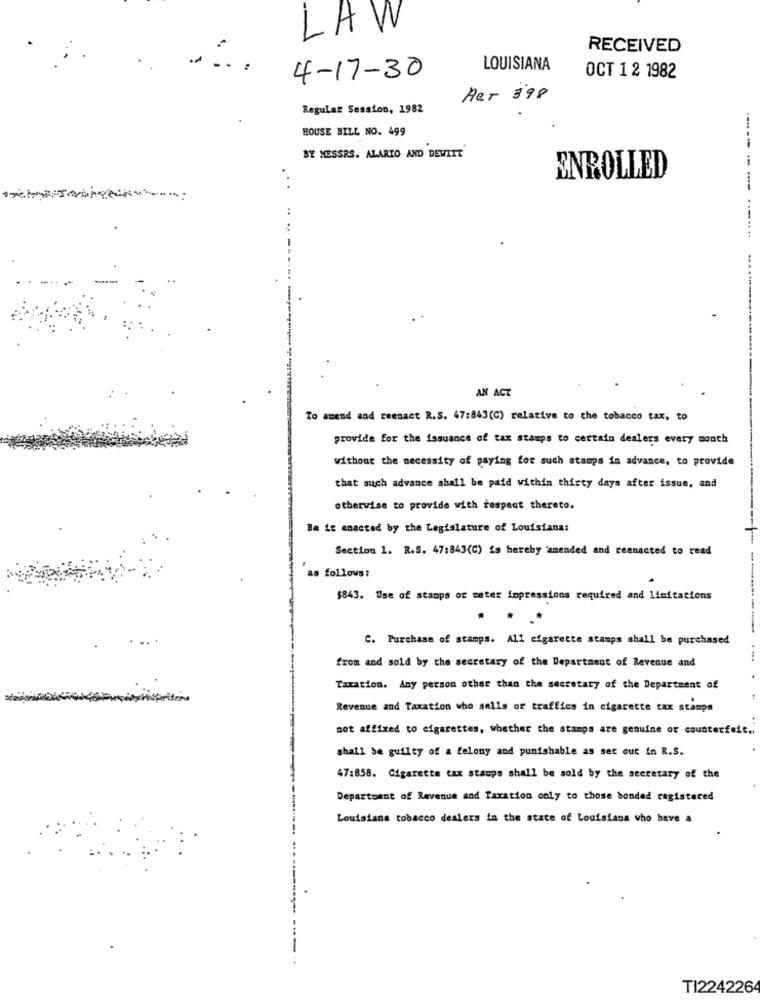
LAW
RECEIVED
LOUISIANA
4-17-30
OCT 1 2 1982
ART 398
Regular Session, 1982
HOUSE BILL NO. 499
BY MESSRS. ALARIO AND DEWITT
ENROLLED
..
--------- ---.
-
AN ACT
To amend and reenact R.S. 47:843(C) relative to the tobacco tax, to
provide for the issuance of tax stamps to certain dealers every month
without the necessity of paying for such stamps in advance, to provide
that such advance aball be paid within thirty days after issue, and
otherwise to provide with respect thereto.
Be it enacted by the Legislature of Louisiana:
Section 1. R.S. 47:843(C) is hereby amended and reenacted to read
as follows:
$843. Use of stamps or meter impressions required and limitations
C. Purchase of stamps. All cigarette stamps shall be purchased
....
from and sold by the secretary of the Department of Revenue and
Taxation. Any person other than the secretary of the Department of
Revenue and Taxation who sells of traffics in cigarette tax stamps
not affixed to cigarettes, whether the stamps are genuine or counterfeit ..
shall be guilty of a felony and punishable as set out in R.S.
47:858. Cigarette tax staups shall be sold by the secretary of the
Department of Revenue and Taxation only to those bonded registered
Louisiana tobacco dealers in the state of Louisiana who have a
----
TI224226